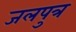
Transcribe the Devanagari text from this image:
जलपुत्र